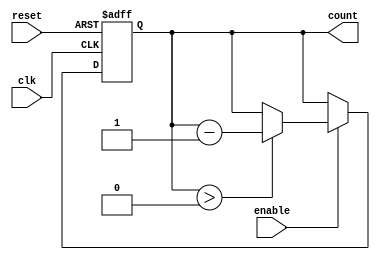
module down_counter (
    input wire clk,        // Clock signal
    input wire enable,     // Enable signal
    input wire reset,      // Asynchronous reset signal
    output reg [N-1:0] count // Current count value
);
    parameter N = 8; // Define the maximum value (N) for the counter

    // Asynchronous reset and counting logic
    always @(posedge clk or posedge reset) begin
        if (reset) begin
            count <= N; // Reset the counter to N
        end else if (enable) begin
            if (count > 0) begin
                count <= count - 1; // Decrement the counter
            end
        end
    end

    // Initialize the count to N
    initial begin
        count = N; // Set initial value to N
    end
endmodule